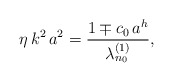
\begin{align*}\eta \, k^2 \, a^2 = \frac{1 \mp c_{0} \, a^h}{\lambda_{n_{0}}^{(1)}},\end{align*}